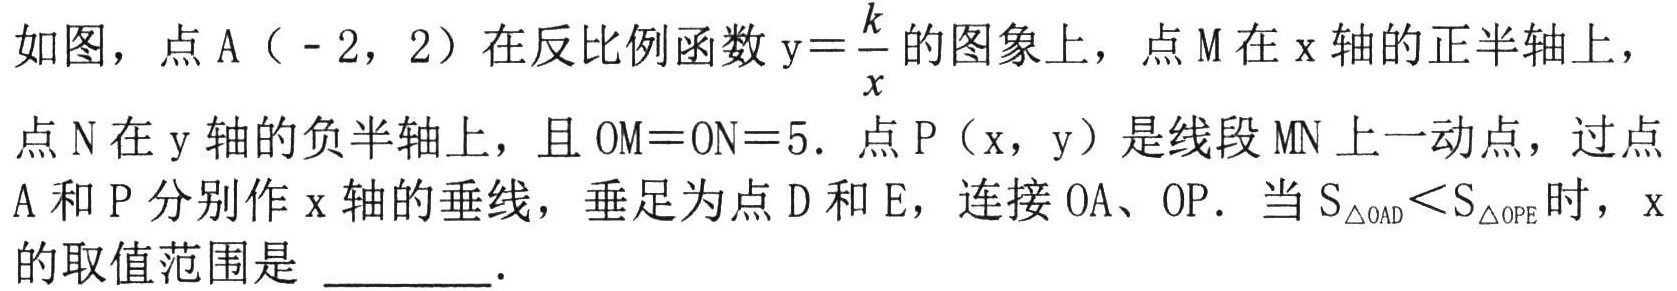
如图，点A（-2，2）在反比例函数\(y = \frac{k}{x}\)的图象上，点M在x轴的正半轴上，点N在y轴的负半轴上，且\(OM = ON = 5\)．点P（x，y）是线段MN上一动点，过点A和P分别作x轴的垂线，垂足为点D和E，连接OA、OP．当\(S_{\triangle OAD}<S_{\triangle OPE}\)时，x的取值范围是  ．